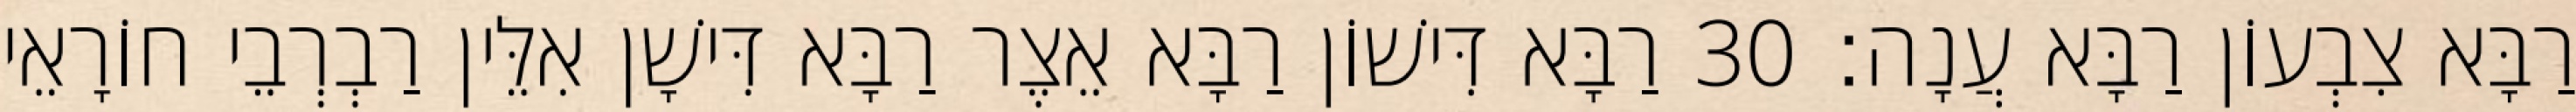
רַבָּא צִבְעוֹן רַבָּא עֲנָה׃ 30 רַבָּא דִּישׁוֹן רַבָּא אֵצֶר רַבָּא דִּישָׁן אִלֵּין רַבְרְבֵי חוֹרָאֵי